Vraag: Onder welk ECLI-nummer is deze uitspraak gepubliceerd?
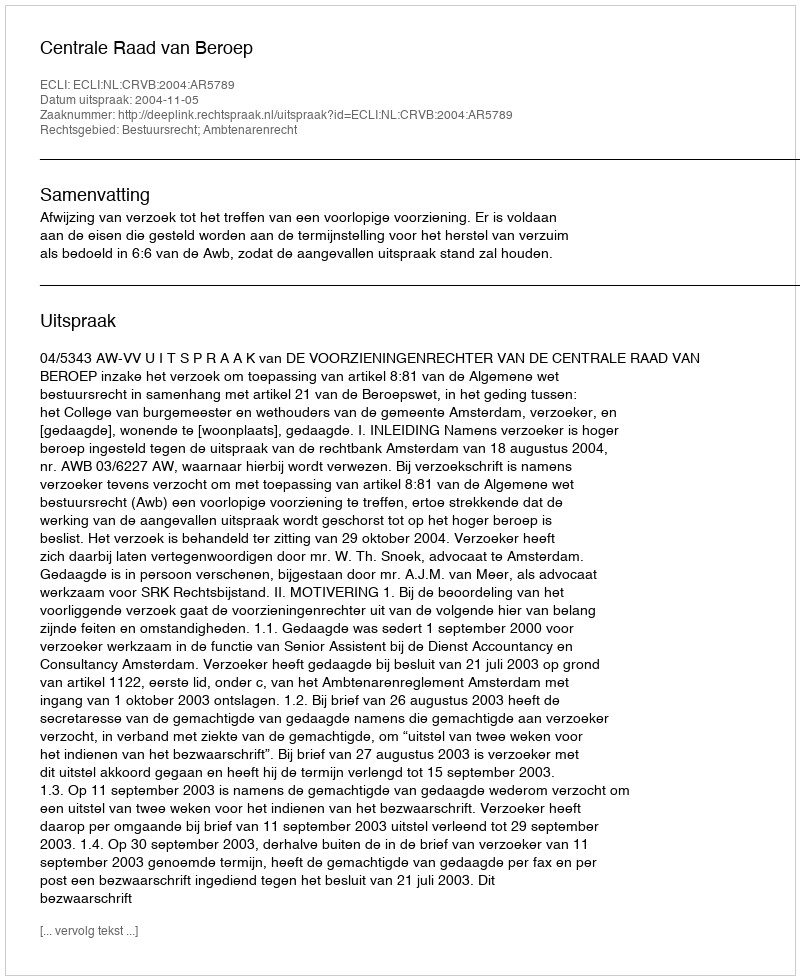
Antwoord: ECLI:NL:CRVB:2004:AR5789